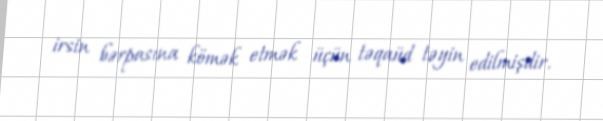
irsin bərpasına kömək etmək üçün təqaüd təyin edilmişdir.